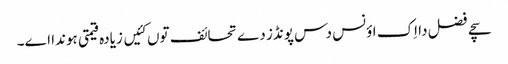
سچے فضل دا اِک اؤنس دس پونڈز دے تحائف توں کئیں زیادہ قیمتی ہوندا اے۔